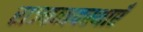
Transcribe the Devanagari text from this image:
राज्यव्यवस्थाएँ